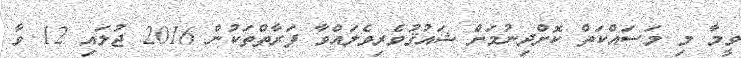
ވީމާ މި މަސައްކަތް ކޮށްދިނުމަށް ޝައުޤުވެރިވެލައްވާ ފަރާތްތަކުން 2016 ޖުލައި 12 ވާ